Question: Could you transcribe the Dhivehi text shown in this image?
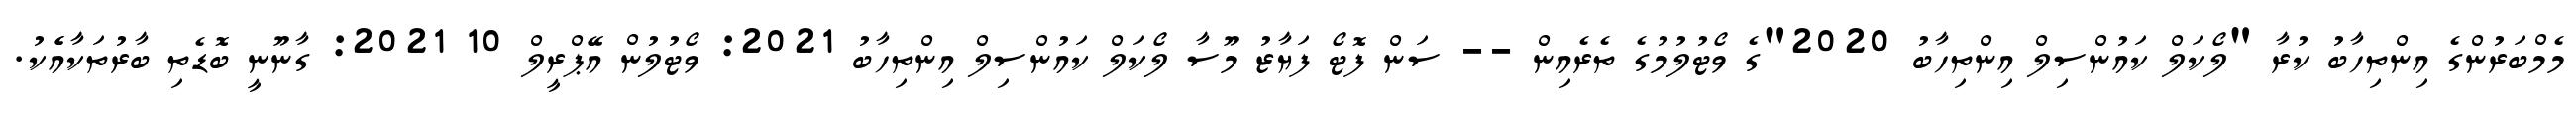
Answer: މެމްބަރުންގެ އިންތިހާބު ކުރާ "ލޯކަލް ކައުންސިލް އިންތިހާބު 2020"ގެ ވޯޓުލުމުގެ ތެރެއިން -- ސަން ފޮޓޯ ފަޔާޒު މޫސާ ލޯކަލް ކައުންސިލް އިންތިހާބު 2021: ވޯޓުލުން އޭޕްރީލް 10 2021: ގާނޫނީ ބޮޑެތި ބާރުތަކާއެެކު.